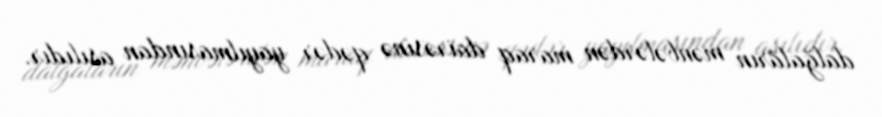
dalğaların mənbələrdən maraq dairəsinə qədər yayılmasından asılıdır.